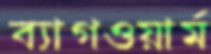
ব্যাগওয়ার্ম